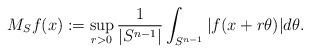
LaTeX: \begin{align*} M_S f(x) := \sup_{r > 0} \frac{1}{|S^{n-1}|} \int_{S^{n-1}} |f(x + r \theta)| d \theta. \end{align*}